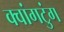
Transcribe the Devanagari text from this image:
क्वांगटुंग